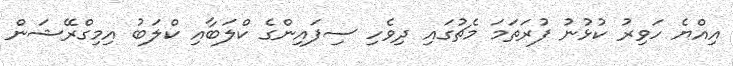
އިއްޔެ ހަވިރު ކުޅުނު ފުރަތަމަ މެޗުގައި ދިވެހި ސިފައިންގެ ކްލަބާއި ކްލަބު އިމިގްރޭޝަން